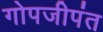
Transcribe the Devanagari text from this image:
गोपजीपंत